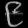
Digit: ၉